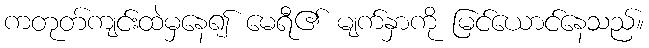
ကတုတ်ကျင်းထဲမှနေ၍ မေရီ၏ မျက်နှာကို မြင်ယောင်နေသည်။